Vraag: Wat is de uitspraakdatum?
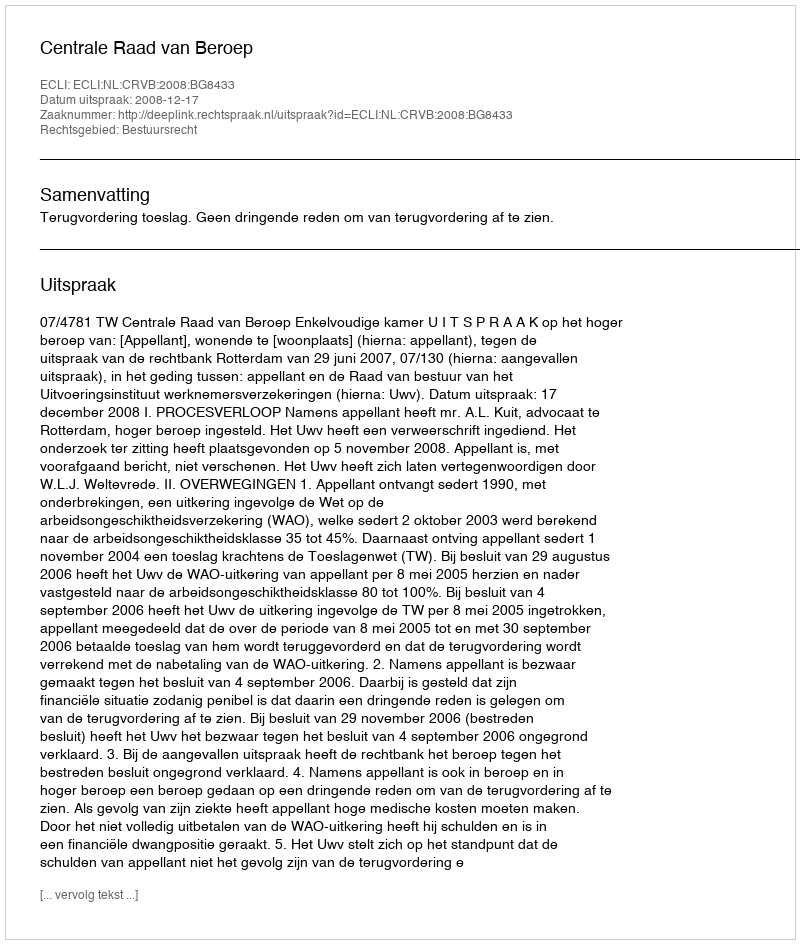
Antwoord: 2008-12-17